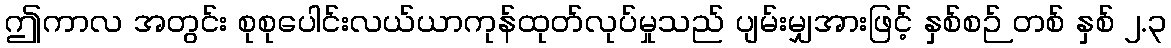
ဤကာလ အတွင်း စုစုပေါင်းလယ်ယာကုန်ထုတ်လုပ်မှုသည် ပျမ်းမျှအားဖြင့် နှစ်စဉ် တစ် နှစ် ၂.၃